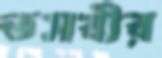
তসবীর